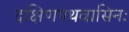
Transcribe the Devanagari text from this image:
दक्षिणपथवासिनः